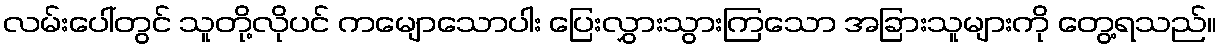
လမ်းပေါ်တွင် သူတို့လိုပင် ကမျောသောပါး ပြေးလွှားသွားကြသော အခြားသူများကို တွေ့ရသည်။